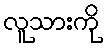
လူသားကို